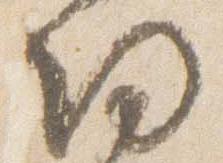
帰